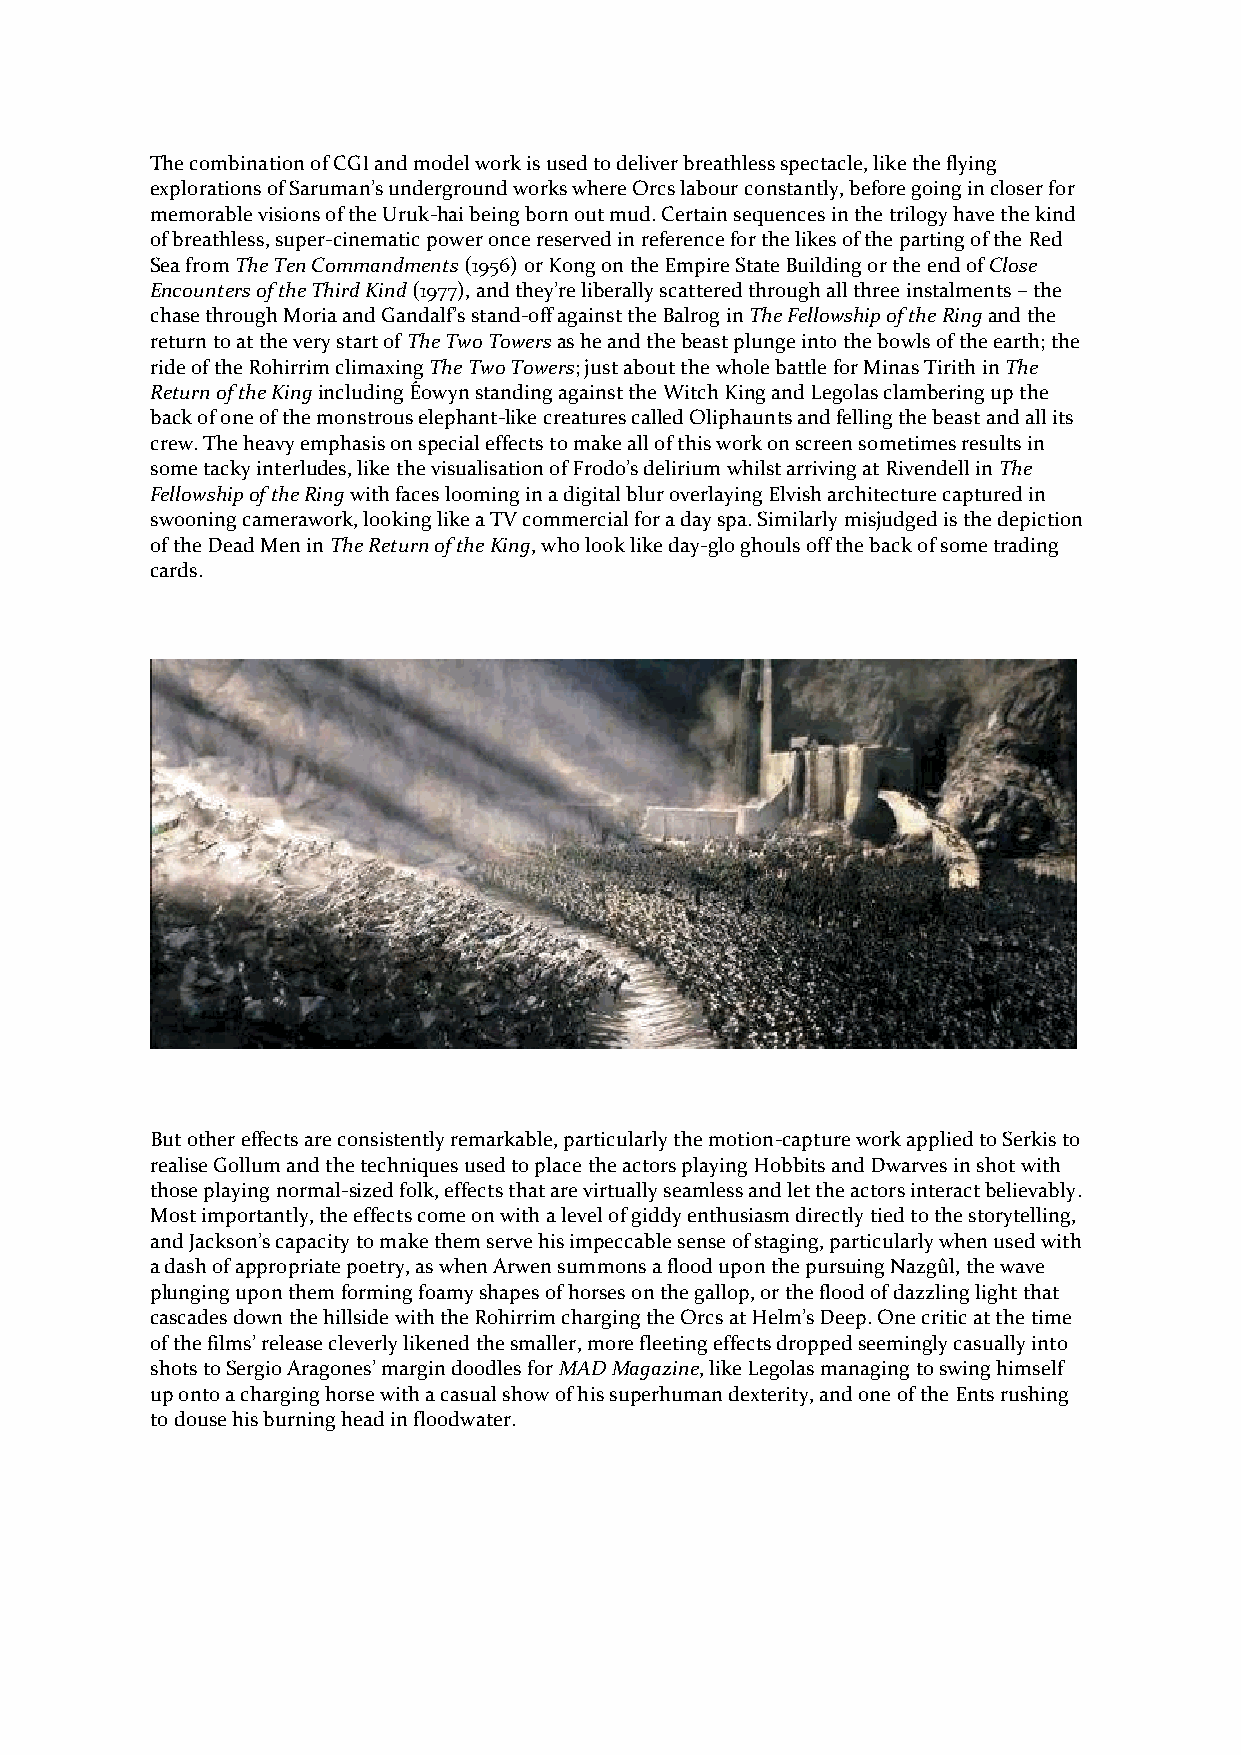
The combination of CGI and model work is used to deliver breathless spectacle, like the flying
 explorations of Saruman’s underground works where Orcs labour constantly, before going in closer for
 memorable visions of the Uruk-hai being born out mud. Certain sequences in the trilogy have the kind
 of breathless, super-cinematic power once reserved in reference for the likes of the parting of the Red
 Sea from The Ten Commandments (1956) or Kong on the Empire State Building or the end of Close
 Encounters of the Third Kind (1977), and they’re liberally scattered through all three instalments – the
 chase through Moria and Gandalf’s stand-off against the Balrog in The Fellowship of the Ring and the
 return to at the very start of The Two Towers as he and the beast plunge into the bowls of the earth; the
 ride of the Rohirrim climaxing The Two Towers; just about the whole battle for Minas Tirith in The
 Return of the King including Éowyn standing against the Witch King and Legolas clambering up the
 back of one of the monstrous elephant-like creatures called Oliphaunts and felling the beast and all its
 crew. The heavy emphasis on special effects to make all of this work on screen sometimes results in
 some tacky interludes, like the visualisation of Frodo’s delirium whilst arriving at Rivendell in The
 Fellowship of the Ring with faces looming in a digital blur overlaying Elvish architecture captured in
 swooning camerawork, looking like a TV commercial for a day spa. Similarly misjudged is the depiction
 of the Dead Men in The Return of the King, who look like day-glo ghouls off the back of some trading
 cards.
 But other effects are consistently remarkable, particularly the motion-capture work applied to Serkis to
 realise Gollum and the techniques used to place the actors playing Hobbits and Dwarves in shot with
 those playing normal-sized folk, effects that are virtually seamless and let the actors interact believably.
 Most importantly, the effects come on with a level of giddy enthusiasm directly tied to the storytelling,
 and Jackson’s capacity to make them serve his impeccable sense of staging, particularly when used with
 a dash of appropriate poetry, as when Arwen summons a flood upon the pursuing Nazgûl, the wave
 plunging upon them forming foamy shapes of horses on the gallop, or the flood of dazzling light that
 cascades down the hillside with the Rohirrim charging the Orcs at Helm’s Deep. One critic at the time
 of the films’ release cleverly likened the smaller, more fleeting effects dropped seemingly casually into
 shots to Sergio Aragones’ margin doodles for MAD Magazine, like Legolas managing to swing himself
 up onto a charging horse with a casual show of his superhuman dexterity, and one of the Ents rushing
 to douse his burning head in floodwater.